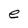
Character: e